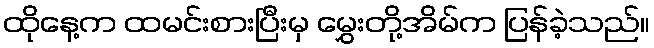
ထိုနေ့က ထမင်းစားပြီးမှ မွှေးတို့အိမ်က ပြန်ခဲ့သည်။